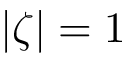
\lvert \zeta \rvert = 1